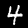
Label: 4